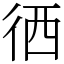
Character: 徆